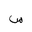
Letter: _sin